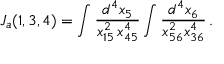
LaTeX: J _ { a } ( 1 , 3 , 4 ) = \int \frac { d ^ { 4 } x _ { 5 } } { x _ { 1 5 } ^ { 2 } \, x _ { 4 5 } ^ { 4 } } \int \frac { d ^ { 4 } x _ { 6 } } { x _ { 5 6 } ^ { 2 } x _ { 3 6 } ^ { 4 } } \, .